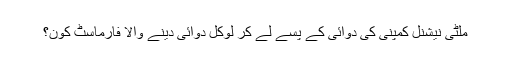
ملٹی نیشنل کمپنی کی دوائی کے پسے لے کر لوکل دوائی دینے والا فارماسٹ کون؟